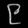
Digit: ၉